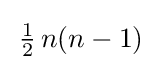
\,{\tfrac {1}{2}}\,n(n-1)